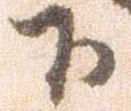
下